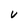
Character: v